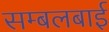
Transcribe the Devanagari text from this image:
सम्बलबाई